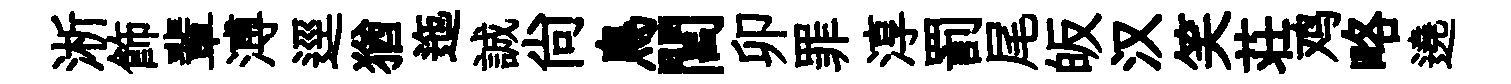
淅飾輩溥逕猶迤誠尙鳥閭卯罪淳罰尾皈汉笑荘鸡略遶